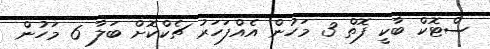
ސްޓޮކް ބާކީ ފޮތް 3 މަހުން އެއްފަހަރު ޗެކްކޮށް ބަލާ 6 މަހުން